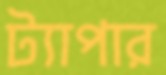
ট্যাপার